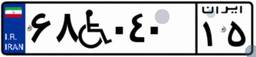
۶۸W۰۴۰۱۵